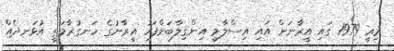
މިއީ 1979 ގައި އީރާނަށް އައި އިސްލާމީ އިންޤިލާބަށްފަހު އީރާނުގެ ހަނގުރާމަތީ އުޅަނދެއް